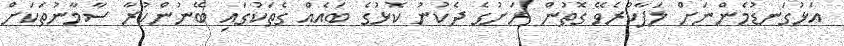
އަޅުގަނޑުމެންނަށް ލަފާކުރެވޭ ގޮތުން ރަށުގެ ދެކުނު ކޮޅުގެ ބައެއް ގެތަކުގައި ބޭނުންކުރާ ސާމާނުތަކަށް